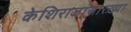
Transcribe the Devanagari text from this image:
केशिराजांसारख्या